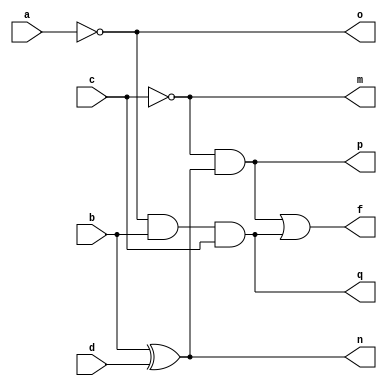
module logicgates(a,b,c,d,m,n,o,p,q,f);
input a,b,c,d;
output m,n,o,p,q,f;

	assign m = ~c;
    assign n = b ^ d;
	assign p = m & n;
	assign o = ~a;
	assign q = o & b & c;
	assign f = p | q;

endmodule